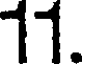
11.